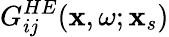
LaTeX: G_{ij}^{HE}(\mathbf{x},\omega;\mathbf{x}_{s})